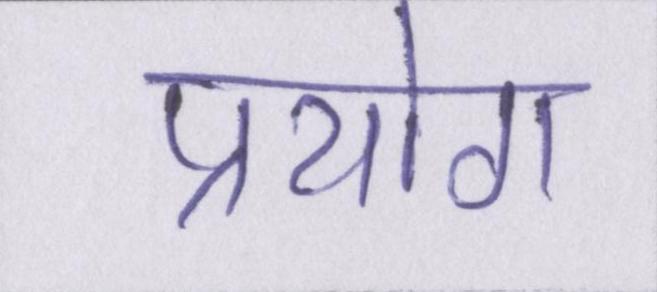
प्रयोग